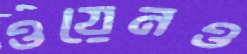
ওয়েনও